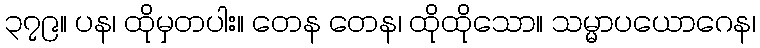
၃၇၉။ ပန၊ ထိုမှတပါး။ တေန တေန၊ ထိုထိုသော။ သမ္မာပယောဂေန၊